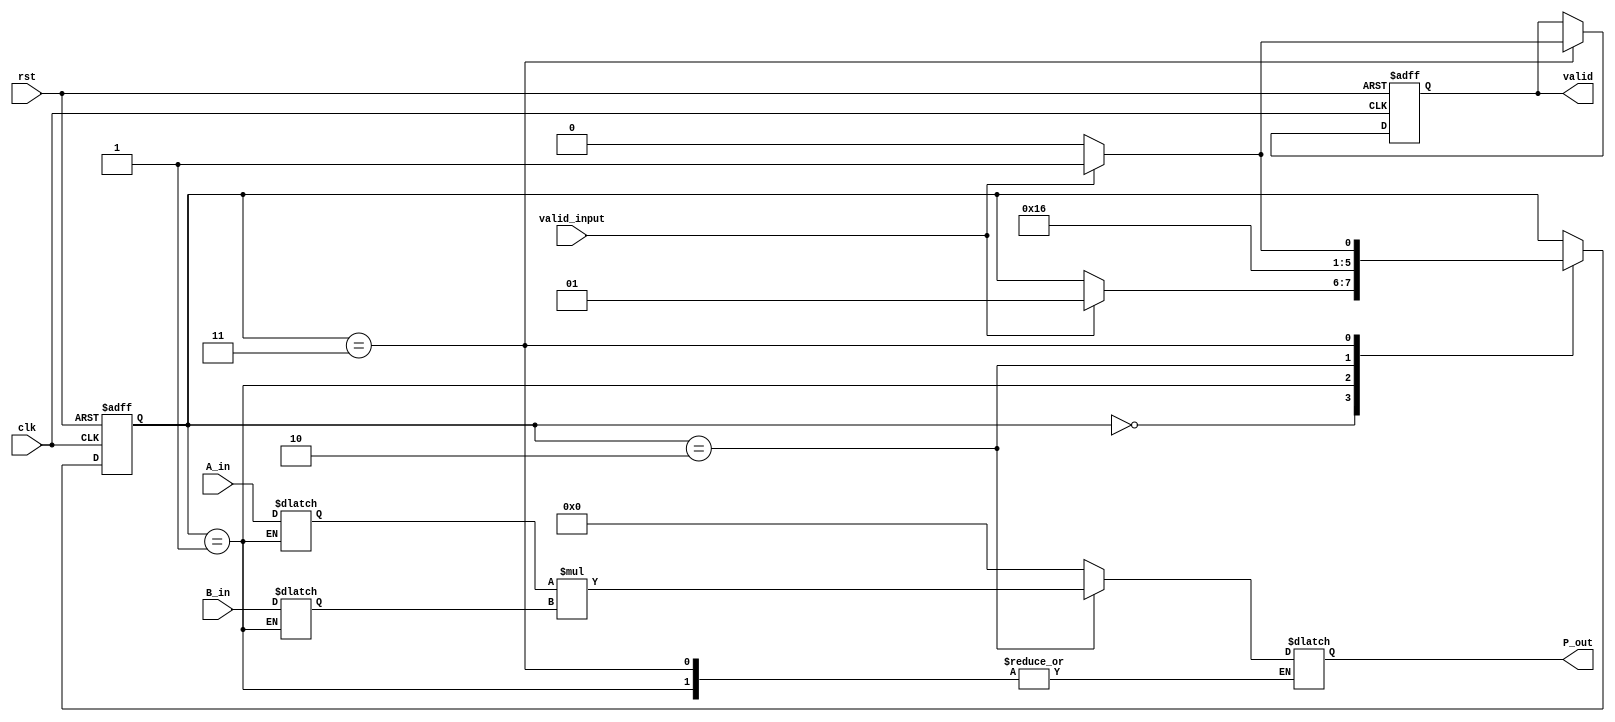
module Streaming_Multiplier #(
    parameter DATA_WIDTH = 16 // Adjust the data width as needed
)(
    input wire clk,
    input wire rst,
    input wire [DATA_WIDTH-1:0] A_in,
    input wire [DATA_WIDTH-1:0] B_in,
    input wire valid_input,
    output reg [2*DATA_WIDTH-1:0] P_out,
    output reg valid
);

// Internal registers to hold the input values
reg [DATA_WIDTH-1:0] A_buffer;
reg [DATA_WIDTH-1:0] B_buffer;

// State machine to manage multiplication and output
reg [1:0] state;
localparam IDLE       = 2'b00,
           LOAD       = 2'b01,
           MULTIPLY   = 2'b10,
           OUTPUT      = 2'b11;

// Combinational logic for multiplication
always @* begin
    case (state)
        LOAD: begin
            // Load input values into buffers
            A_buffer = A_in;
            B_buffer = B_in;
        end
        MULTIPLY: begin
            // Perform multiplication
            P_out = A_buffer * B_buffer;
        end
        OUTPUT: begin
            // Output is ready, hold the product
            P_out = P_out; // Hold the output
        end
        default: begin
            P_out = 0; // Default state
        end
    endcase
end

// Sequential logic for state management and valid signal control
always @(posedge clk or posedge rst) begin
    if (rst) begin
        state <= IDLE;
        valid <= 0;
    end else begin
        case (state)
            IDLE: begin
                if (valid_input) begin
                    state <= LOAD;
                end
            end
            LOAD: begin
                state <= MULTIPLY;
            end
            MULTIPLY: begin
                state <= OUTPUT;
            end
            OUTPUT: begin
                valid <= 1; // Assert valid signal
                if (valid_input) begin
                    state <= LOAD; // Go back to load if there's new valid input
                end else begin
                    valid <= 0; // Deassert valid signal if no new input
                    state <= IDLE; // Idle state if no further input
                end
            end
            default: state <= IDLE; // Reset invalid state
        endcase
    end
end

endmodule